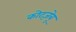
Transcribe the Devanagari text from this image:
कोट्ज़ेबू